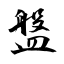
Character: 盤